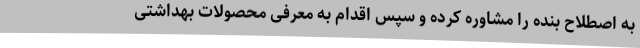
به اصطلاح بنده را مشاوره کرده و سپس اقدام به معرفی محصولات بهداشتی